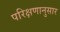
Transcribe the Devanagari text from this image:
परिक्षणानुसार